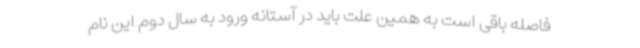
فاصله باقی است به همین علت باید در آستانه ورود به سال دوم این نام